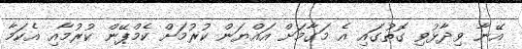
އޭނާ ވިދާޅުވި ގޮތުގައި އެ މަގާމަށް އައްޔަން ކުރުމަށް ކެމްޕޭން ކުރުމާއި އެކަމާ